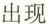
出现